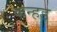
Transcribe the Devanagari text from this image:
कन्हड